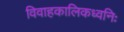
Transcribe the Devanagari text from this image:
विवाहकालिकध्वनिः